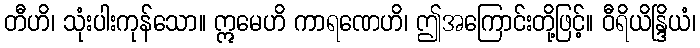
တီဟိ၊ သုံးပါးကုန်သော။ ဣမေဟိ ကာရဏေဟိ၊ ဤအကြောင်းတို့ဖြင့်။ ဝီရိယိန္ဒြိယံ၊